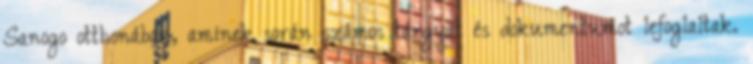
Sanogo otthonában, aminek során számos tárgyat és dokumentumot lefoglaltak.